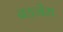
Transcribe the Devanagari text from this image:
बड़नेरा